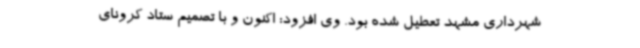
شهرداری مشهد تعطیل شده بود. وی افزود: اکنون و با تصمیم ستاد کرونای